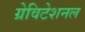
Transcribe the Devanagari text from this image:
ग्रेविटेशनल